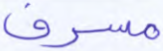
مسرف